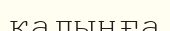
қалыңға